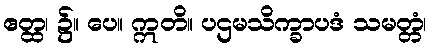
ဧတ္ထ၊ ၌။ ပေ။ ဣတိ။ ပဌမသိက္ခာပဒံ သမတ္တံ၊